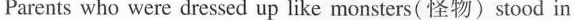
Parents who were dressed up like monsters( 怪物)stood in